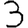
Digit: 3